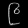
Digit: ၉